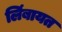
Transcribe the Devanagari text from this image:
लिंबायत